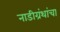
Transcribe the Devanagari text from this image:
नाडीग्रंथांचा